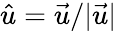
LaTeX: \hat{u}=\vec{u}/|\vec{u}|